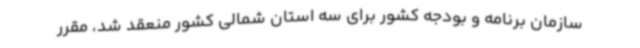
سازمان برنامه و بودجه کشور برای سه استان شمالی کشور منعقد شد، مقرر